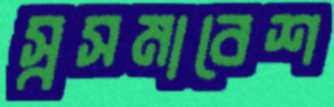
স্বসমাবেশ